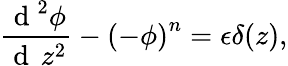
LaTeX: \frac{\mathrm{~d~}^{2}\phi}{\mathrm{~d~}\, z^{2}}-\left(-\phi\right)^{n}=\epsilon\delta(z),